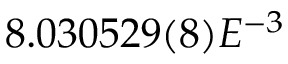
8 . 0 3 0 5 2 9 ( 8 ) E ^ { - 3 }